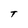
Character: T